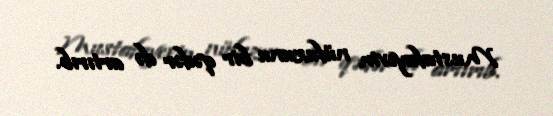
Mustafayevin nüfuzunu bir qədər də artırıb.